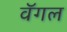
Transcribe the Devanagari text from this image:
वॅगल